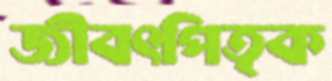
জীবৎপিতৃক